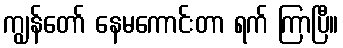
ကျွန်တော် နေမကောင်းတာ ရက် ကြာပြီ။